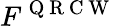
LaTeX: F^{\mathrm{~Q~R~C~W~}}